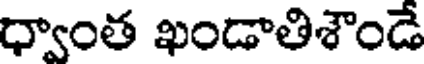
ధ్వాంత ఖండాతిశౌండే